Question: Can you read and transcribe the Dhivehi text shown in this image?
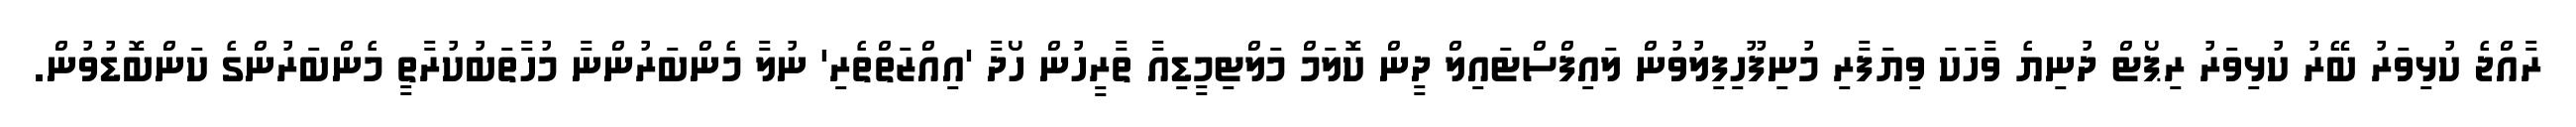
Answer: ރާއްޖެ ކުޅިވަރު ބޭރު ކުޅިވަރު ރިޕޯޓް ދުނިޔެ ވާހަކަ ވިޔަފާރި މުނިފޫހިފިލުވުން ލައިފްސްޓައިލް ދީން ކޮލަމް މަލްޓިމީޑިއާ ތާރީހުން ހޯދާ 'އިއްޒަތްތެރި' ނުލާ މެންބަރުންނާ މުހާތަބުކުރާތީ މެންބަރުންގެ ކަންބޮޑުވުން.